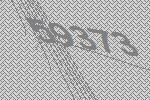
59373